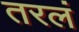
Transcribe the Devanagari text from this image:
तरलं